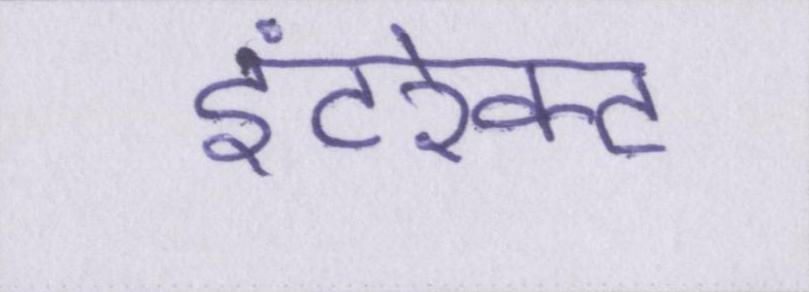
इंटरेक्ट